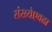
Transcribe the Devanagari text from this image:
संख्येएवढा